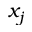
x _ { j }